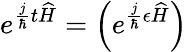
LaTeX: e^{\frac{j}{\hbar}t\widehat{H}}=\left(e^{\frac{j}{\hbar}\epsilon\widehat{H}}\right)